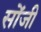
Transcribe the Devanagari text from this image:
सोंजी